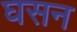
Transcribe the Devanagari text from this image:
घसन